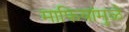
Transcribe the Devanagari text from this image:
माफियांमुळे